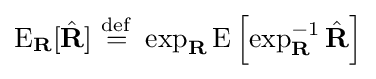
\mathrm {E} _{\mathbf {R} }[{\hat {\mathbf {R} }}]\ {\stackrel {\mathrm {def} }{=}}\ \exp _{\mathbf {R} }\mathrm {E} \left[\exp _{\mathbf {R} }^{-1}{\hat {\mathbf {R} }}\right]